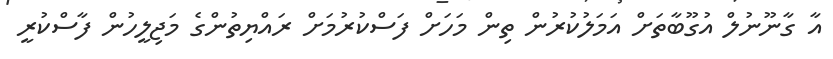
އާ ގާނޫނުލް އުގޫބާތަށް އަމަލުކުރުން ތިން މަހަށް ފަސްކުރުމަށް ރައްޔިތުންގެ މަޖިލީހުން ފާސްކުރީ